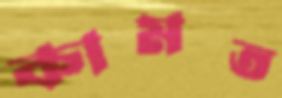
কামত